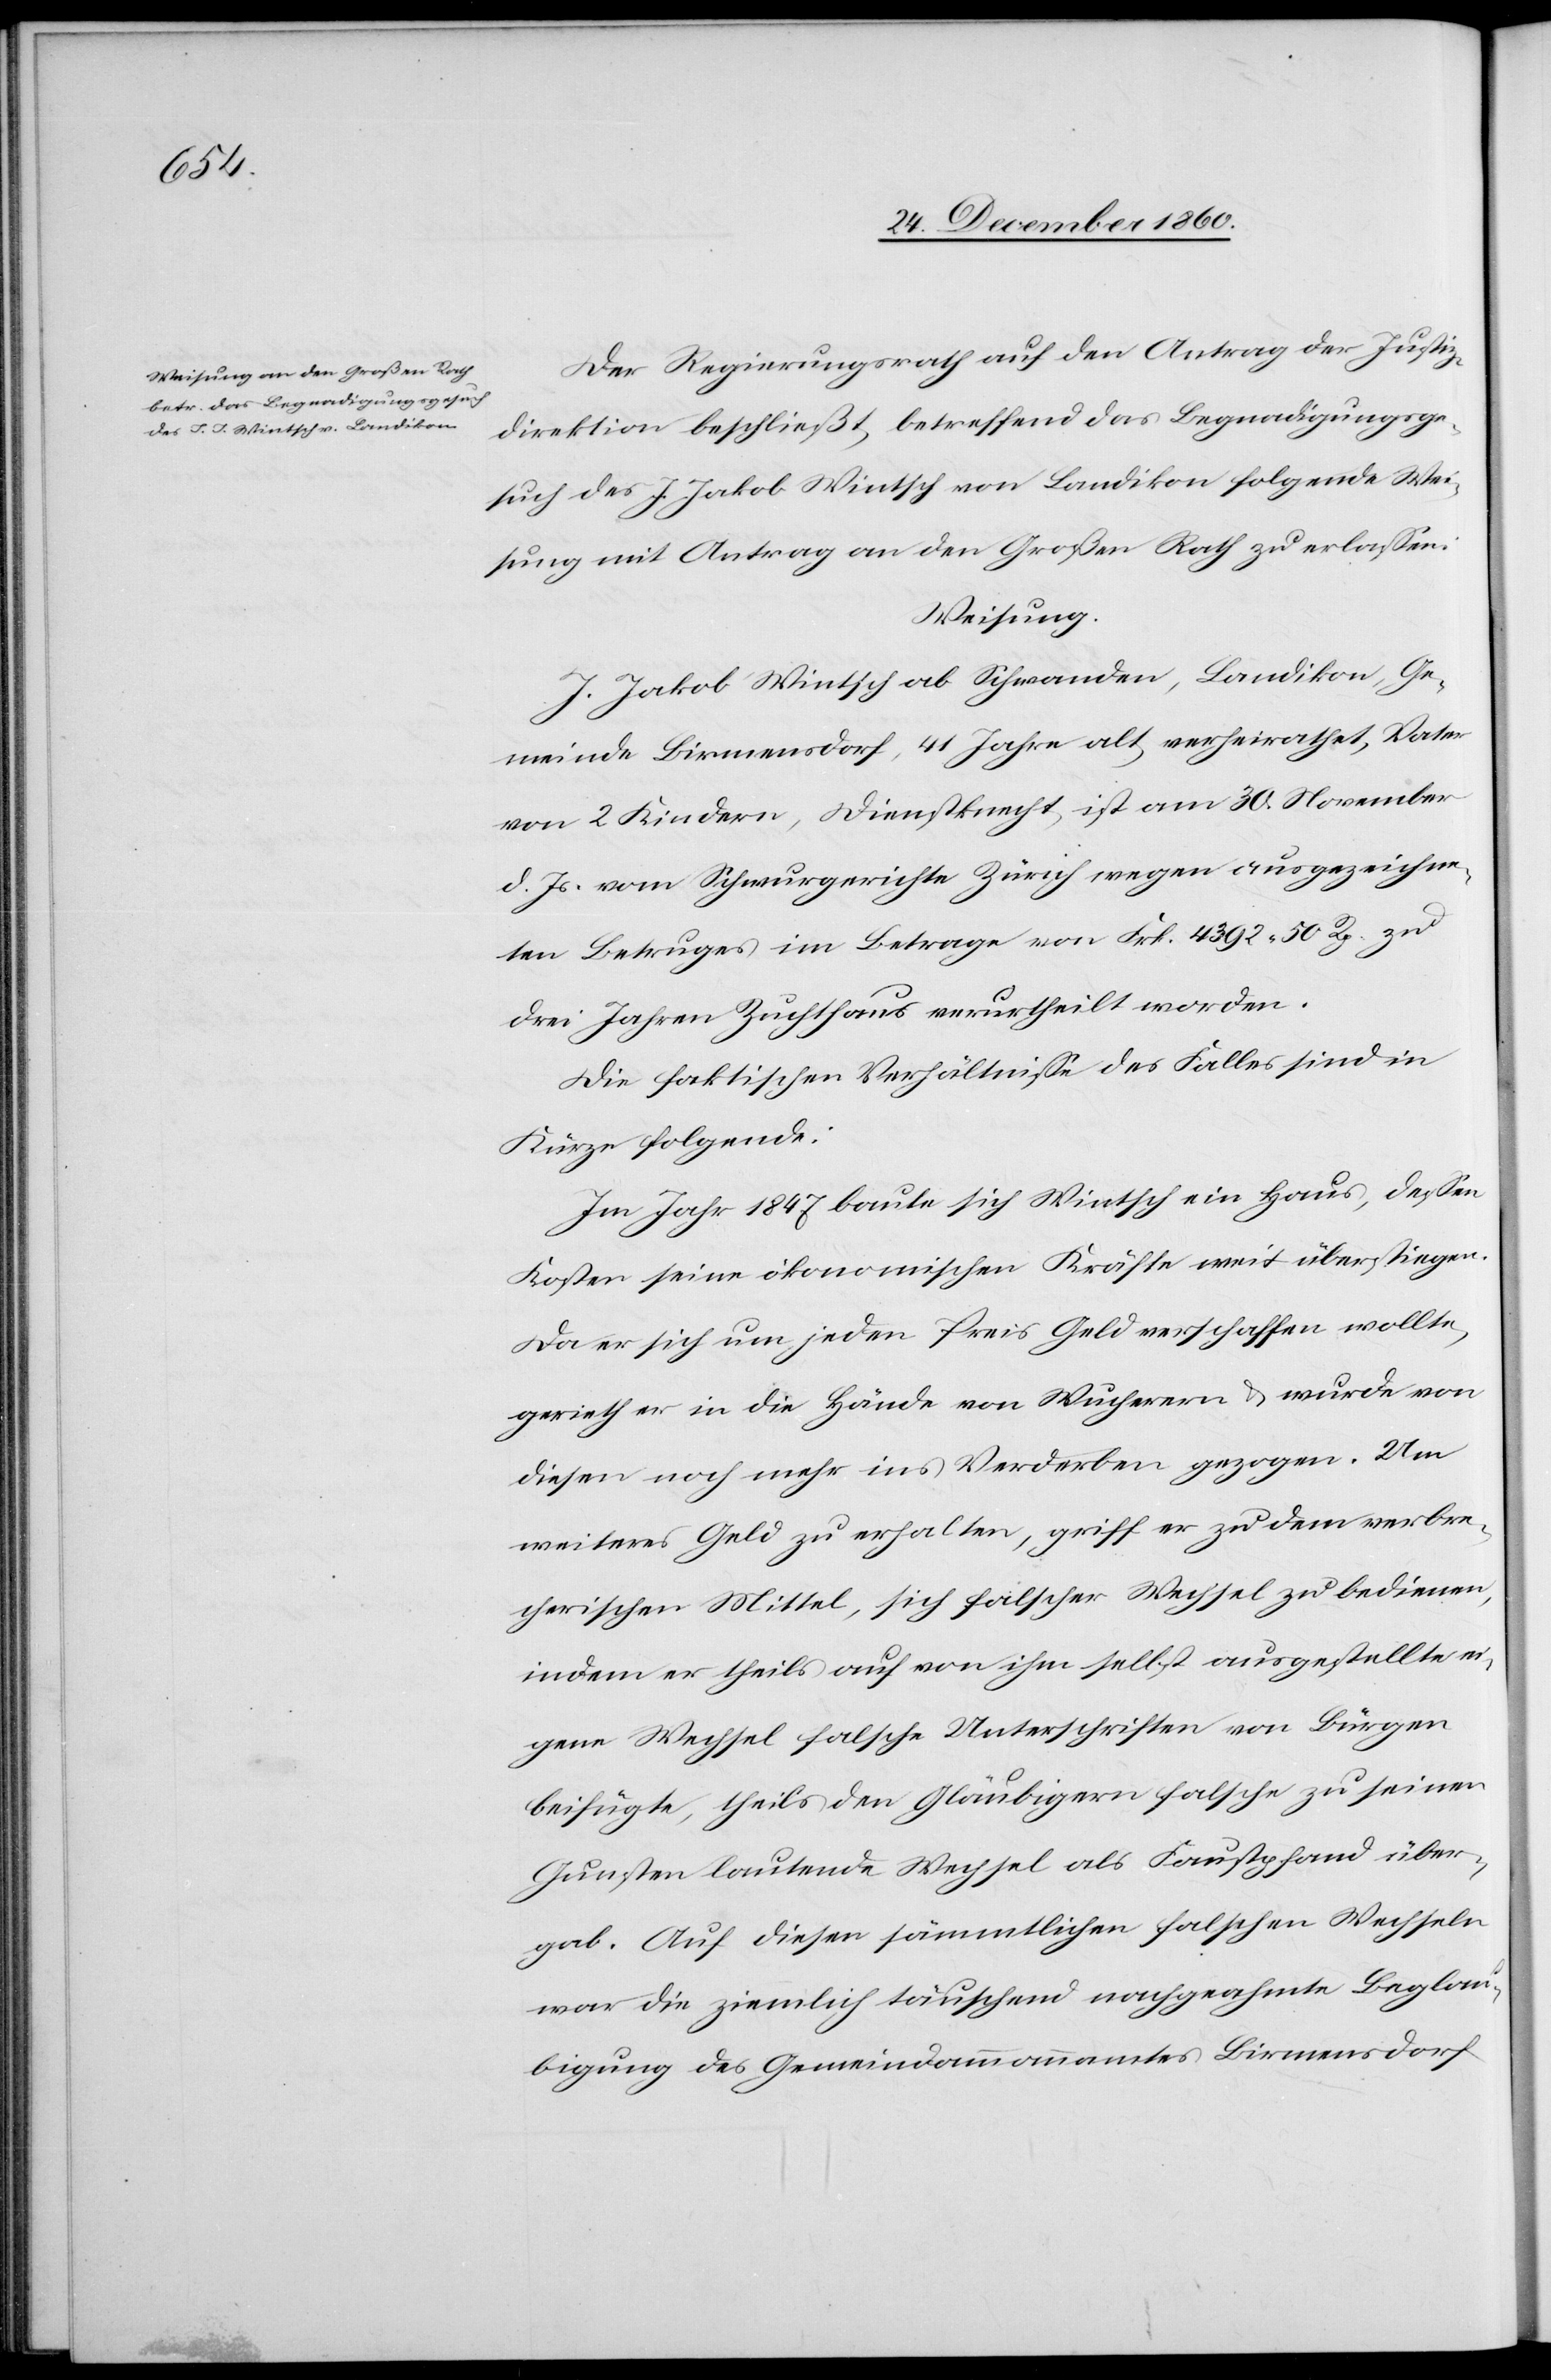
Der Regierungsrath auf den Antrag der Justiz¬
direktion beschließt, betreffend das Begnadigungsge¬
such des J. Jakob Winsch von Landikon folgende Wei¬
sung mit Antrag an den Großen Rath zu erlassen.
Weisung.
J. Jakob Wintsch ab Schwanden, Landikon, Ge¬
meinde Birmensdorf, 41 Jahre alt, verheirathet, Vater
von 2 Kindern, Dienstknecht, ist am 30. November
d. Js. vom Schwurgerichte Zürich wegen ausgezeichne¬
ten Betruges im Betrag von Frk. 4392 50 Rp. zu
drei Jahren Zuchthaus verurtheilt worden.
Die faktischen Verhältnisse des Falles sind in
Kürze folgende:
Im Jahr 1847 baute sich Wintsch ein Haus, dessen
Kosten seine ökonomischen Kräfte weit überstiegen.
Da er sich um jeden Preis Geld verschaffen wollte,
gerieth er in die Hände von Wucherern u. wurde von
diesen noch mehr ins Verderben gezogen. Um
weiteres Geld zu erhalten, griff er zu dem verbre¬
cherischen Mittel, sich falscher Wechsel zu bedienen,
indem er theils auf von ihm selbst ausgestellte ei¬
gene Wechsel falsche Unterschriften von Bürgen
beifügte, theils den Gläubigern falsche zu seinen
Gunsten lautende Wechsel als Faustpfand über¬
gab. Auf diesen sämmtlichen falschen Wechseln
war die ziemlich täuschend nachgeahmte Beglau¬
bigung des Gemeindammannamtes Birmensdorf